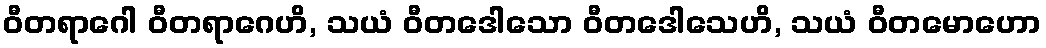
ဝီတရာဂေါ ဝီတရာဂေဟိ, သယံ ဝီတဒေါသော ဝီတဒေါသေဟိ, သယံ ဝီတမောဟော